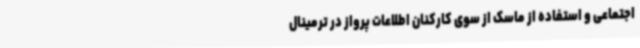
اجتماعی و استفاده از ماسک از سوی کارکنان اطلاعات پرواز در ترمینال